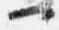
一